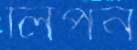
লিপন